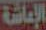
الإعاشة